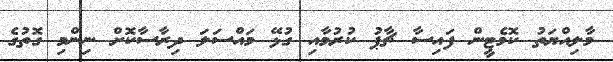
މާލިއްޔަތު ކޮމެޓީން ފައިސާ ޗާޕު ކުރުމާއި ގުޅޭ މައްސަލަ ދިރާސާކޮށް ނިންމި ގޮތުގެ